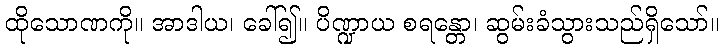
ထိုသောဏကို။ အာဒါယ၊ ခေါ်၍။ ပိဏ္ဍာယ စရန္တော၊ ဆွမ်းခံသွားသည်ရှိသော်။